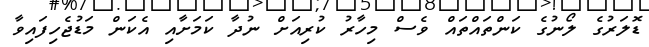
ޑޮލަރުގެ ލޯނުގެ ކަންތައްތައް ވެސް މިހާރު ކުރިއަށް ނުދާ ކަމަށާއި އެކަން މަޑުޖެހިފައިވާ